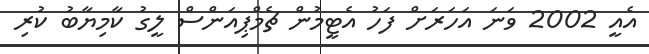
އެއީ 2002 ވަނަ އަހަރަށް ފަހު އެޓީމުން ޗެމްޕިއަންސް ލީގު ކާމިޔާބު ކުރި